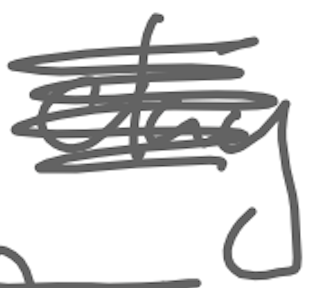
Text: clay
Cross-out: scratch
Writing tool: digital_gray